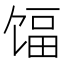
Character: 𬳃